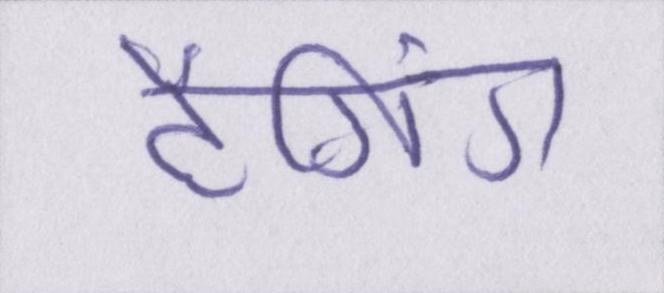
टैगिंग